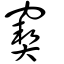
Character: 窫